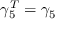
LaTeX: \gamma _ { 5 } ^ { T } = \gamma _ { 5 }